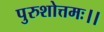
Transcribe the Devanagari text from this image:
पुरुशोत्तमः।।